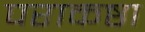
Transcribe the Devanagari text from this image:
पराकष्ठा